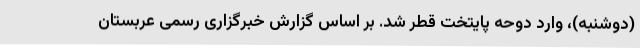
(دوشنبه)، وارد دوحه پایتخت قطر شد. بر اساس گزارش خبرگزاری رسمی عربستان